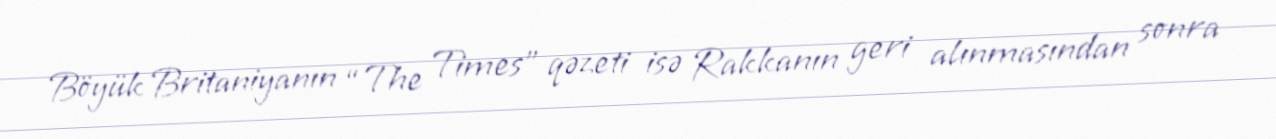
Böyük Britaniyanın “The Times” qəzeti isə Rakkanın geri alınmasından sonra